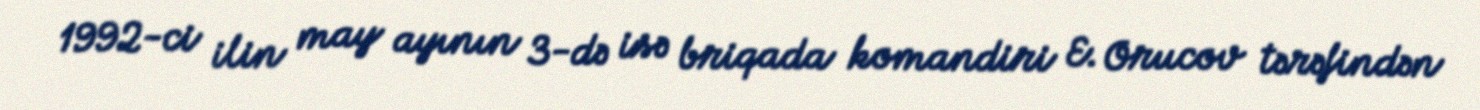
1992-ci ilin may ayının 3-də isə briqada komandiri E. Orucov tərəfindən